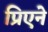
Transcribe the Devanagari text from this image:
प्रिएने